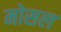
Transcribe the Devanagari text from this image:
मोसल